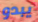
يبدو